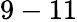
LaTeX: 9-11